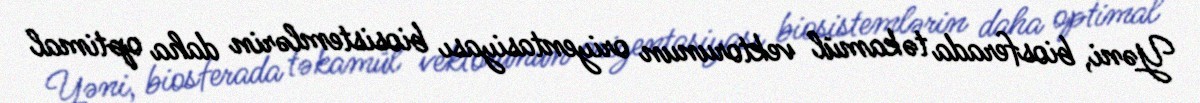
Yəni, biosferada təkamül vektorunun oriyentasiyası biosistemlərin daha optimal